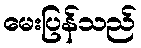
မေးပြန်သည်